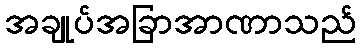
အချုပ်အခြာအာဏာသည်